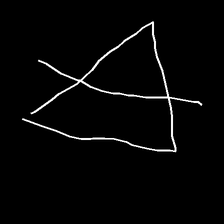
Glyph: empower